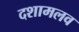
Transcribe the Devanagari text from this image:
दशामलव